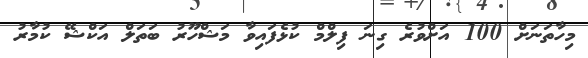
މިހާތަނަށް 100 އަށްވުރެ ގިނަ ފިލްމް ކުޅެފައިވާ މަޝްހޫރު ބަތަލް އަކްޝޭ ކުމާރު